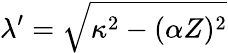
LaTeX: \lambda^{\prime}=\sqrt{\kappa^{2}-(\alpha Z)^{2}}